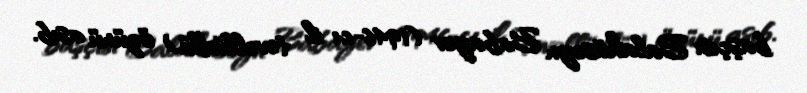
başçısı Balahüseyn Babayev (1946-cı il təvəllüdlü) özünü asıb.